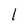
Character: 1